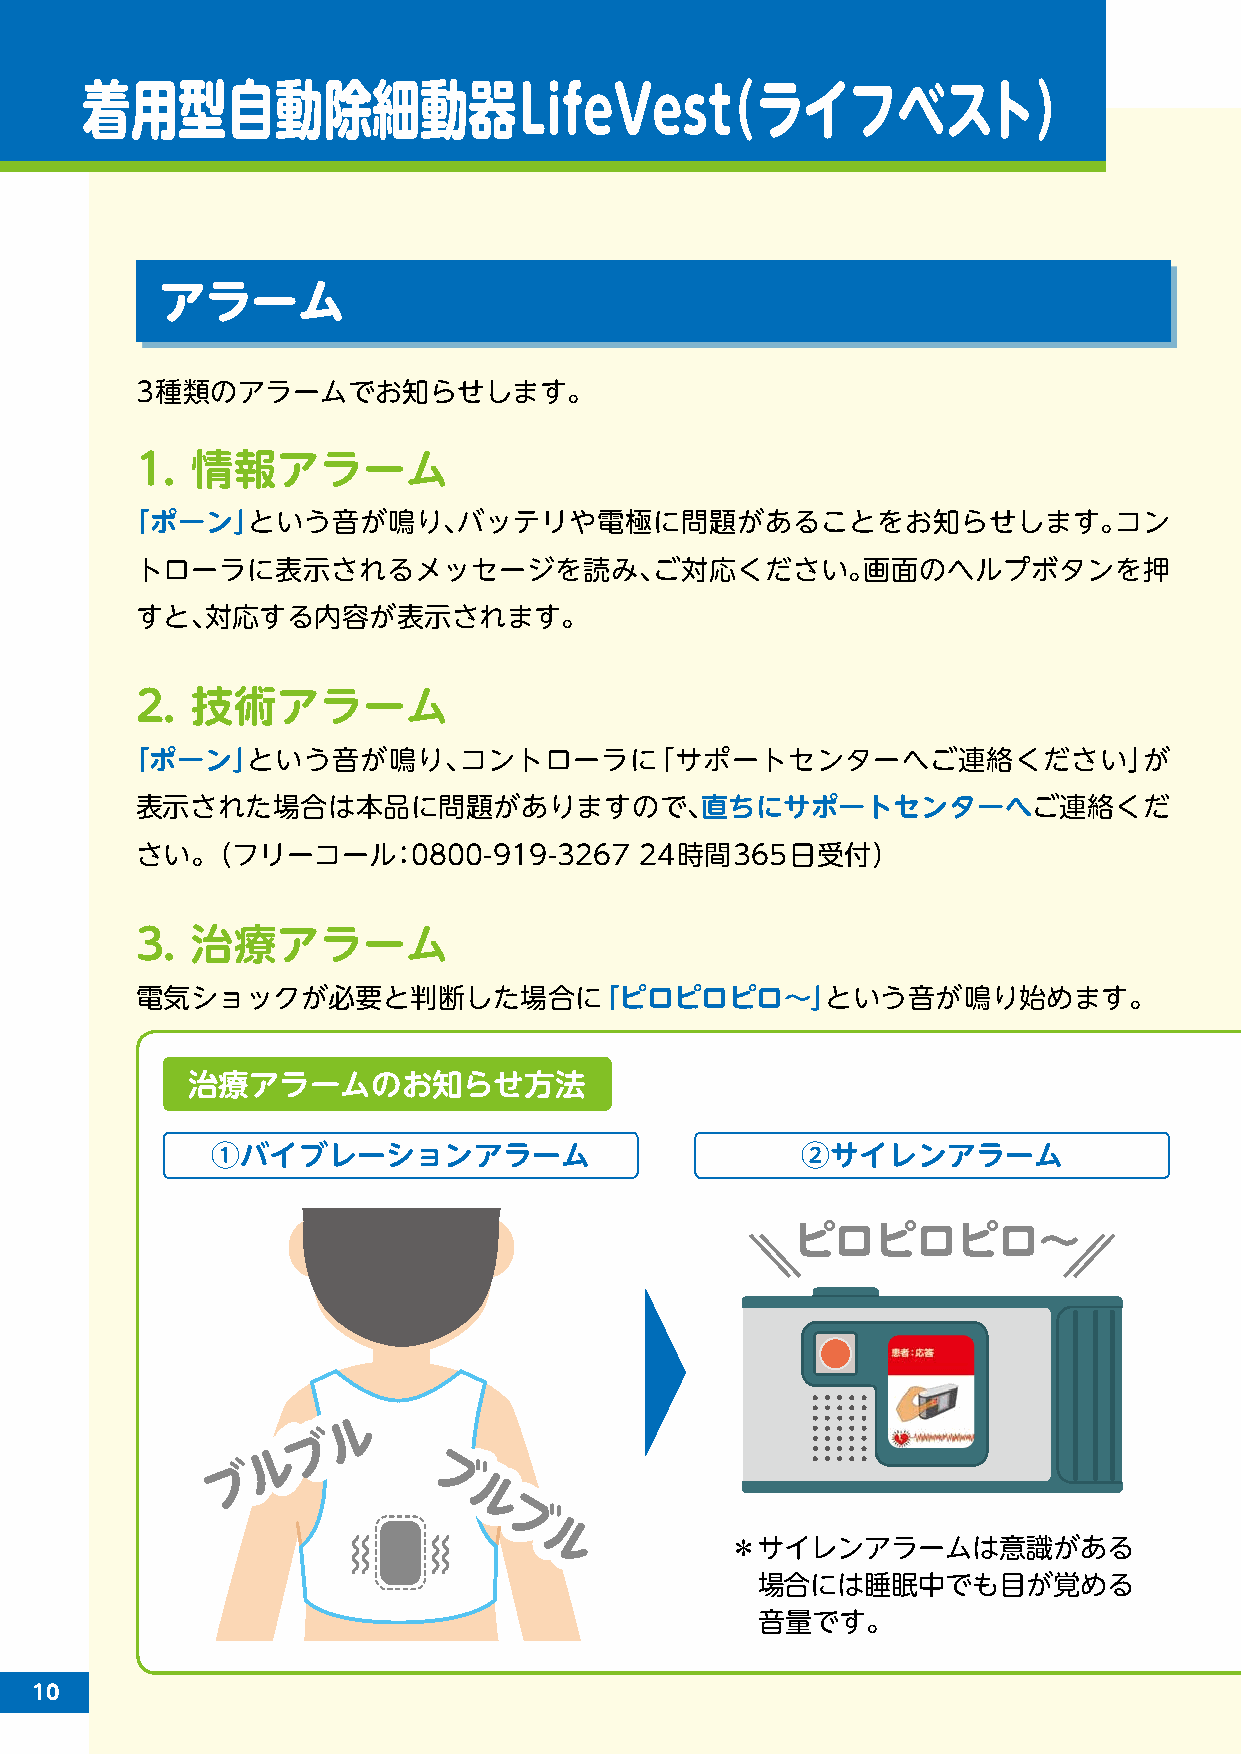
着用型自動除細動器LifeVes（t                           ライフベスト）
 アラーム
 3種類のアラームでお知らせします。
 1.  情報アラーム
 「ポーン」という音が鳴り、バッテリや電極に問題があることをお知らせします。コン
 トローラに表示されるメッセージを読み、ご対応ください。画面のヘルプボタンを押
 すと、対応する内容が表示されます。
 2.  技術アラーム
 「ポーン」という音が鳴り、コントローラに「サポートセンターへご連絡ください」が
 表示された場合は本品に問題がありますので、直ちにサポートセンターへご連絡くだ
 さい。（フリーコール：0800-919-3267         24時間365日受付）
 3.  治療アラーム
 電気ショックが必要と判断した場合に「ピロピロピロ～」という音が鳴り始めます。
 治療アラームのお知らせ方法
 ①バイブレーションアラーム                          ②サイレンアラーム
 ピロピロピロ～
 ル
 ル
 ブ
 ブ
 ル
 ル
 ブ
 ブ              ブブ
 ルル
 ブブ
 ルル           ＊サイレンアラームは意識がある
 場合には睡眠中でも目が覚める
 音量です。
 10